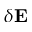
\delta { \bf E }